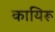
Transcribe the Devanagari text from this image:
कायिरू